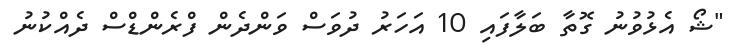
"ޝޯ އެޅުވުނު ގޮތާ ބަލާފައި 10 އަހަރު ދުވަސް ވަންދެން ފްރެންޑްސް ދެއްކުނު